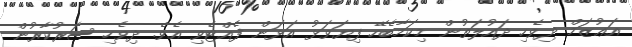
އަޢުޒަމް ދިވެހި ދައުލަތުން މިކަމާބެހޭ ފިޔަވަޅު އަޅަން ފެއްޓެވި އެވެ. ދިވެހި ސަރުކާރުން